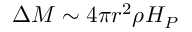
\Delta M \sim 4 \pi r ^ { 2 } \rho H _ { P }